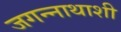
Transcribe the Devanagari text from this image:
जगन्नाथाशी